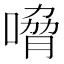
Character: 嗋